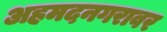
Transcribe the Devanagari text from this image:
अहमदनगरावर